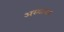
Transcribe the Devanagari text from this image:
अस्थायतः